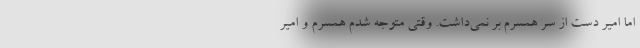
اما امیر دست از سر همسرم بر نمی‌داشت. وقتی متوجه شدم همسرم و امیر